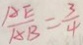
\frac { A E } { A B } = \frac { 3 } { 4 }